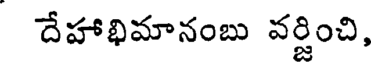
దేహాభిమానంబు వర్జించి,